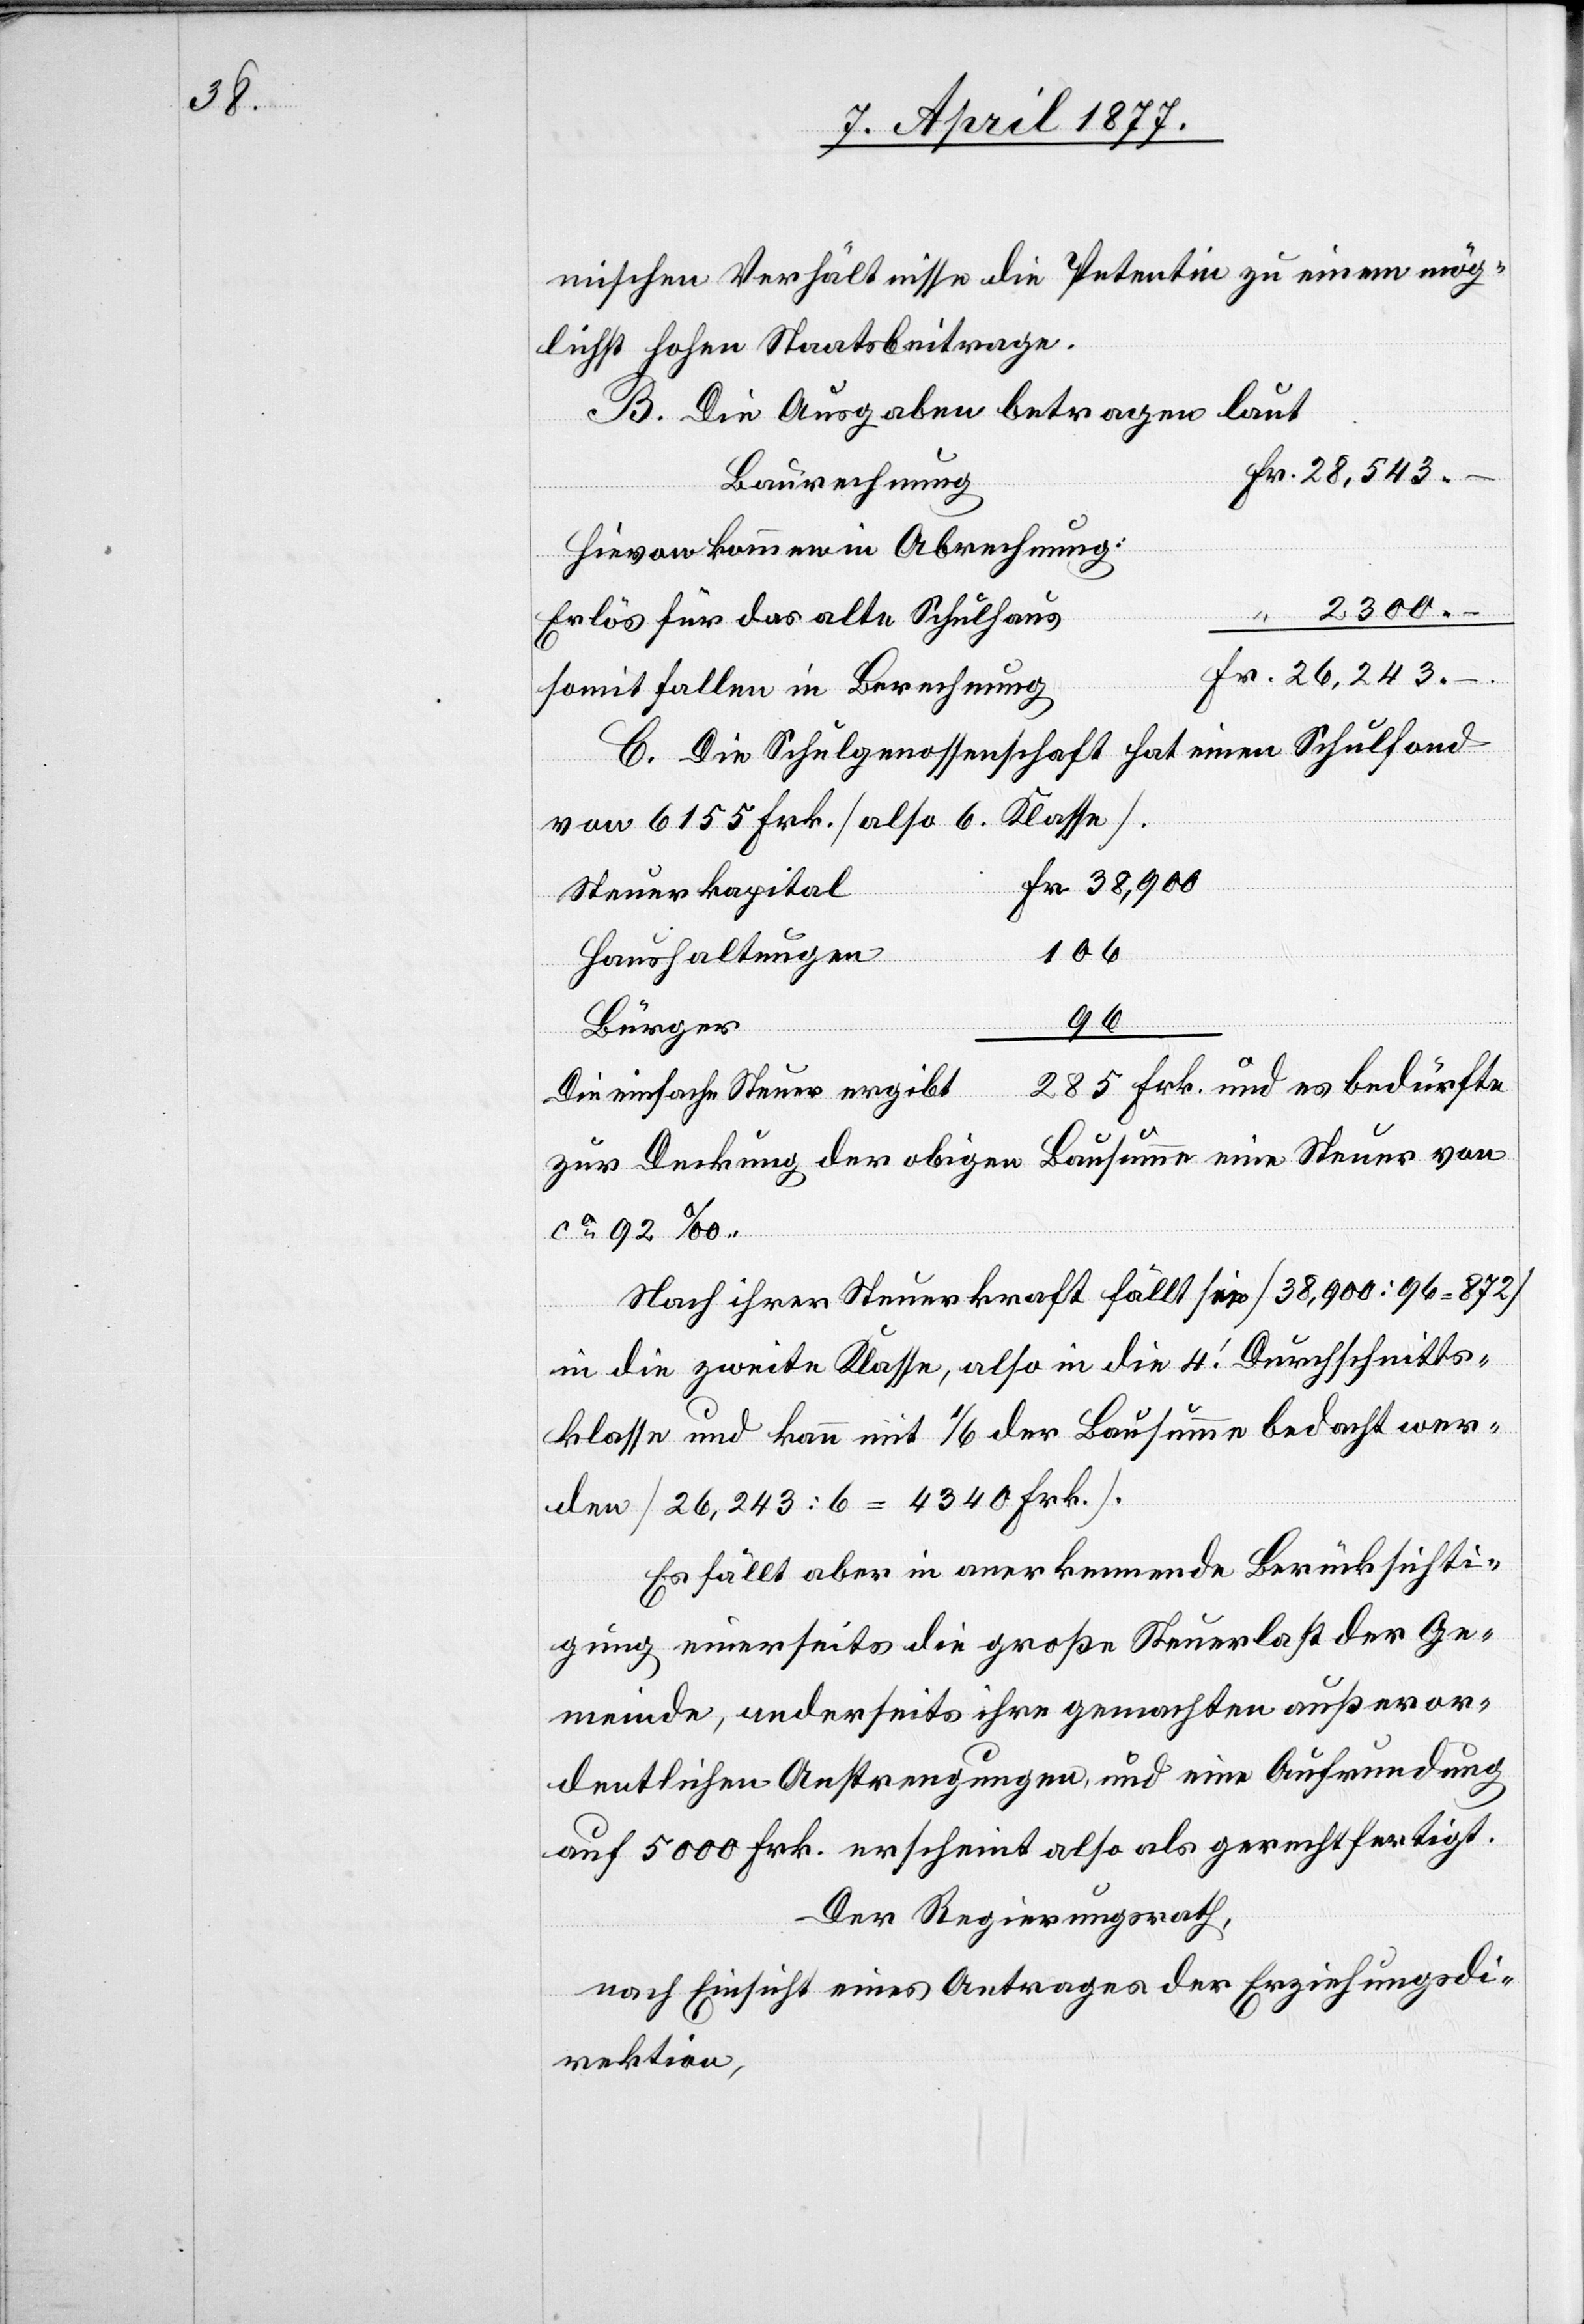
Fr.

mischen Verhältnisse die Petentin zu einem mög¬
lichst hohen Staatsbeitrage.
B. Die Ausgaben betragen laut
Baurechnung
hievon kommen in Abrechnung:
2300 –
Erlös für das alte Schulhaus
somit fallen in Berechnung
C. Die Schulgenossenschaft hat einen Schulfond
von 6155 Frk. [also 6. Klasse]
Steuerkapital
106
es bedürfte
Haushaltungen
96
Bürger
Die einfache Steuer ergibt
zur Deckung der obigen Bausumme eine Steuer von
Nach ihrer Steuerkraft fällt sie [38,900 : 96 = 872]
in die zweite Klasse, also in die 4. Durchschnitts¬
klasse und kann mit 1/6 der Bausumme bedacht wer¬
den [26,243 : 6 = 4340 Frk.]
Es fällt aber in anerkennende Berücksichti¬
gung einerseits die große Steuerlast der Ge¬
meinde, anderseits ihre gemachten außeror¬
dentlichen Anstrengungen, und eine Aufrundung
auf 5000 Frk. erscheint also als gerechtfertigt.
Der Regierungsrath,
nach Einsicht eines Antrages der Erziehungsdi¬
rektion,